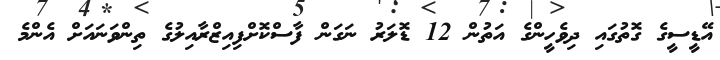
އޭޑީސީގެ ގޮތުގައި ދިވެހީންގެ އަތުން 12 ޑޮލަރު ނަގަން ފާސްކޮށްފިއިޒްރާއިލުގެ ތިންވަނައަށް އެންމެ